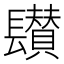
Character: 𨲽